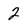
Character: 2